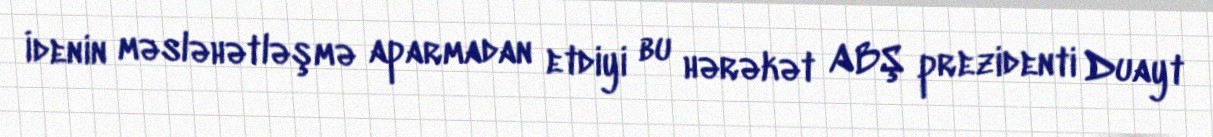
İdenin məsləhətləşmə aparmadan etdiyi bu hərəkət ABŞ prezidenti Duayt